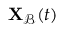
\mathbf { X } _ { \mathcal { B } } ( t )